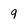
Character: q